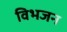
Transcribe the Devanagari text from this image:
विभजन